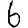
Digit: 6